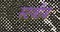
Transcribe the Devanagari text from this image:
स्टजीज